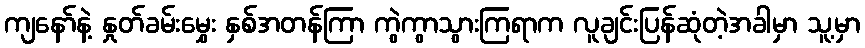
ကျနော်နဲ့ နှုတ်ခမ်းမွှေး နှစ်အတန်ကြာ ကွဲကွာသွားကြရာက လူချင်းပြန်ဆုံတဲ့အခါမှာ သူ့မှာ